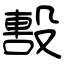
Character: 毄